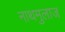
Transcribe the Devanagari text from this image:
नाथमुलाज